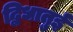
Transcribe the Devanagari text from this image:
द्विधातुई